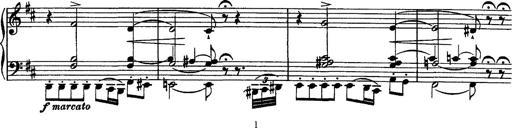
Title: Piano Sonata
Composer: Karl HÃ¤ssler
Key: C major